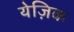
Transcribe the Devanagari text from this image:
येज़िक